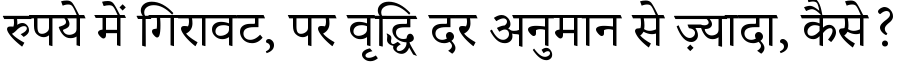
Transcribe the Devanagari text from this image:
रुपये में गिरावट, पर वृद्धि दर अनुमान से ज़्यादा, कैसे?